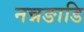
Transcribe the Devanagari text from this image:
नन्नङाडि